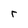
Character: r